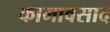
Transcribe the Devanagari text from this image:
कामावसाद